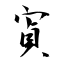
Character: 寊